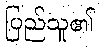
ပြည်သူ၏